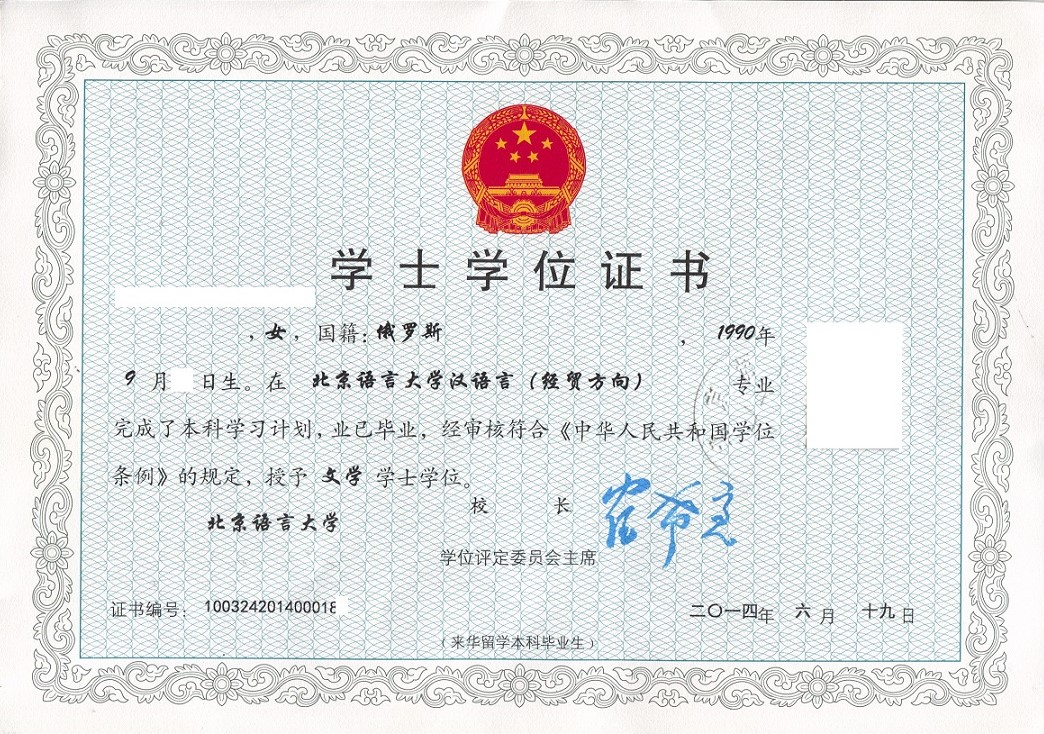
Language: zh